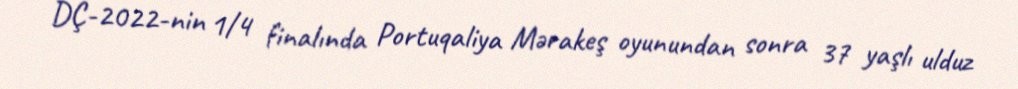
DÇ-2022-nin 1/4 finalında Portuqaliya Mərakeş oyunundan sonra 37 yaşlı ulduz